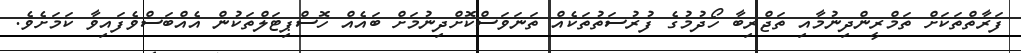
ފަރާތްތަކަށް ތަމްރީންދިނުމާއިި ތަޖްރިބާ ހޯދުމުގެ ފުުރުސަތުތަކެއް ތަނަވަސްކޮށްދިނުމަށް ބައެއް ހޮސްޕިޓަލްތަކުން އެއްބަސްވެފައިވާ ކަމަށެވެ.